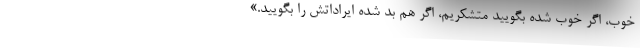
خوب، اگر خوب شده بگویید متشکریم، اگر هم بد شده ایراداتش را بگویید.»